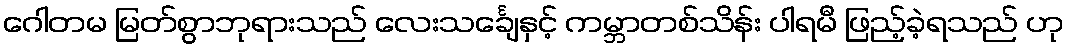
ဂေါတမ မြတ်စွာဘုရားသည် လေးသင်္ချေနှင့် ကမ္ဘာတစ်သိန်း ပါရမီ ဖြည့်ခဲ့ရသည် ဟု